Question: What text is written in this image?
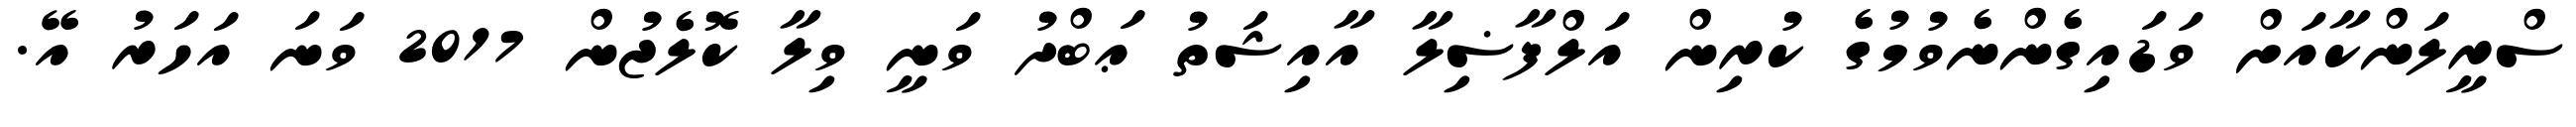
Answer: ސްރީލަންކާއަށް ވަޑައިގެންނެވުމުގެ ކުރިން އަލްފާޟިލާ އާއިޝަތު ޢަބްދު ވަނީ ވިލާ ކޮލެޖުން 2017 ވަނަ އަހަރު އޭ.